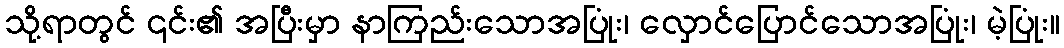
သို့ရာတွင် ၎င်း၏ အပြီးမှာ နာကြည်းသောအပြုံး၊ လှောင်ပြောင်သောအပြုံး၊ မဲ့ပြုံး။